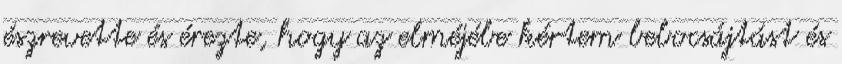
észrevette és érezte, hogy az elméjébe kértem bebocsájtást és